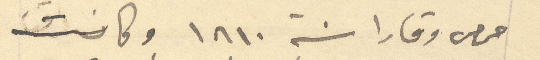
حمص وقارا سنة 1810 وكانت